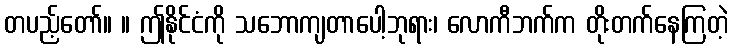
တပည့်တော်။ ။ ဤနိုင်ငံကို သဘောကျတာပေါ့ဘုရား၊ လောကီဘက်က တိုးတက်နေကြတဲ့